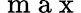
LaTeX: \mathrm{~m~a~x~}